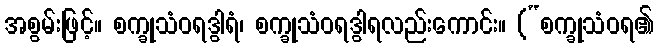
အစွမ်းဖြင့်။ စက္ခုသံဝရဒွါရံ၊ စက္ခုသံဝရဒွါရလည်းကောင်း။ (“စက္ခုသံဝရ၏